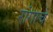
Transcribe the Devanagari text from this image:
रांगाचे